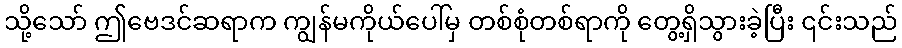
သို့သော် ဤဗေဒင်ဆရာက ကျွန်မကိုယ်ပေါ်မှ တစ်စုံတစ်ရာကို တွေ့ရှိသွားခဲ့ပြီး ၎င်းသည်